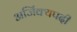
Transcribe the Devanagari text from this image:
अजिंक्यपदी